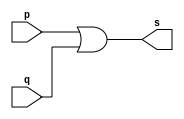
// -------------------------------------------------
// -- Exemplo004 - 	OR
// -- Nome:				Alexandre Palmieri Sad
// -- Matricula:		440265
// -------------------------------------------------

// -------------------------------------------------
// -- or gate
// -------------------------------------------------
module orgate(output s, input p, input q);
	assign s = p | q;
endmodule // -- orgate

// -------------------------------------------------
// -- test or gate
// -------------------------------------------------

module testorgate;
	// --------------------------------- dados locais
		reg a, b;	// -- definir registradores 
		wire s;		// -- definir conexao (fio);
		
	// ------------------------------------ instancia
		orgate OR1(s, a, b);
		
	// ----------------------------------- preparacao
		initial begin: strat
			a = 0; // -- atribuicao simultanea de 
			b = 0; // -- valores inciais
		end
	// ------------------------------ parte principal
		initial begin
			$display("Exemplo0004 - Sad - 440265");
			$display("Teste OR gate");
			$display("\na | b = s\n");
			a = 0;
			b = 0;
		#1 $display("%b | %b = %b", a, b, s);
			a = 0;
			b = 1;
		#1 $display("%b | %b = %b", a, b, s);
			a = 1;
			b = 0;
		#1 $display("%b | %b = %b", a, b, s);
			a = 1;
			b = 1;
		#1 $display("%b | %b = %b", a, b, s);
		end
			
endmodule // -- testorgate